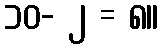
၁၀- ၂ = ၈။